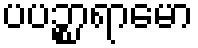
ပပဉ္စာရာမော